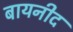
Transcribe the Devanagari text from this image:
बायनीद